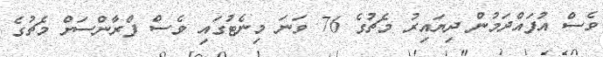
ވެސް އުފައްދަމުން ދިޔައިރު މެޗުގެ 76 ވަނަ މިނެޓުގައި ވެސް ފްރާންސަށް މެޗުގެ